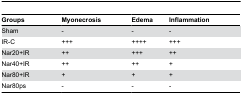
| Groups | Myonecrosis | Edema | Inflammation |
 | --- | --- | --- | --- |
 | Sham | - | - | - |
 | IR-C | +++ | ++++ | +++ |
 | Nar20+IR | ++ | +++ | ++ |
 | Nar40+IR | ++ | ++ | + |
 | Nar80+IR | + | + | + |
 | Nar80ps | - | - | - |